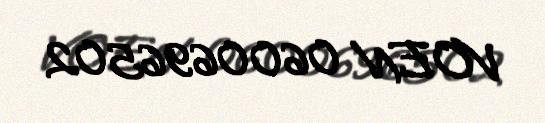
VOEN 0600696502